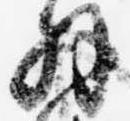
解